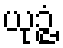
ယုဉ္ဇံ